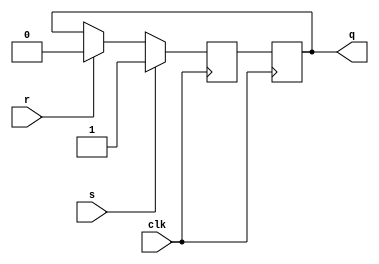
module sr_flip_flop(
  input clk,
  input s,
  input r,
  output reg q
);

reg q_master, q_slave;

// Master flip-flop
always @(posedge clk) begin
  if (s) begin
    q_master <= 1'b1;
  end else if (r) begin
    q_master <= 1'b0;
  end else begin
    q_master <= q_slave;
  end
end

// Slave flip-flop
always @(posedge clk) begin
  q_slave <= q_master;
end

assign q = q_slave;

endmodule